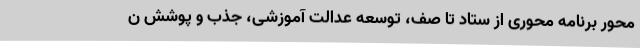
محور برنامه محوری از ستاد تا صف، توسعه عدالت آموزشی، جذب و پوشش ن